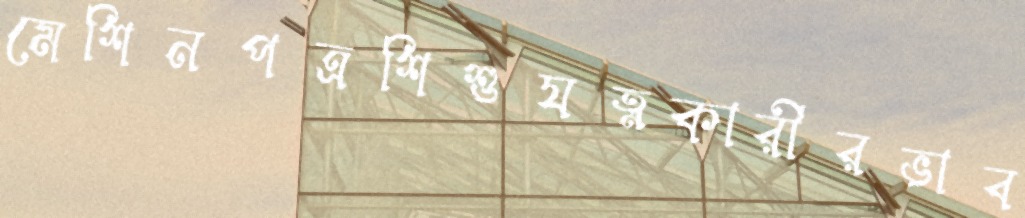
মেশিনপত্রশিশুযত্নকারীরভাব